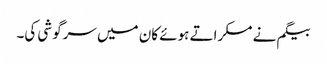
بیگم نے مسکراتے ہوئے کان میں سرگوشی کی۔